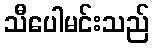
သီပေါမင်းသည်